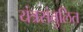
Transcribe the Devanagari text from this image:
यंत्रसंतुलित